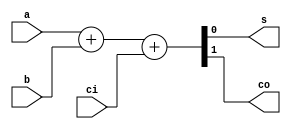
`timescale 1ns / 1ps
//////////////////////////////////////////////////////////////////////////////////
// Company: Faculty of Electronics, Telecommunications and Information Technology of Iasi
// 
// Design Name: 
// Module Name: ADD1b
// Project Name: 
// Target Devices: 
// Tool Versions: 
// Description: It's a implementation for a Full Adder on  1 bit
//
// Dependencies: 
// Additional Comments:
// 
//////////////////////////////////////////////////////////////////////////////////


module ADD1b(
	input a,
	input b,
	input ci,
	output s,
	output co
	);
 	   
	assign {co, s} = a + b + ci;

endmodule